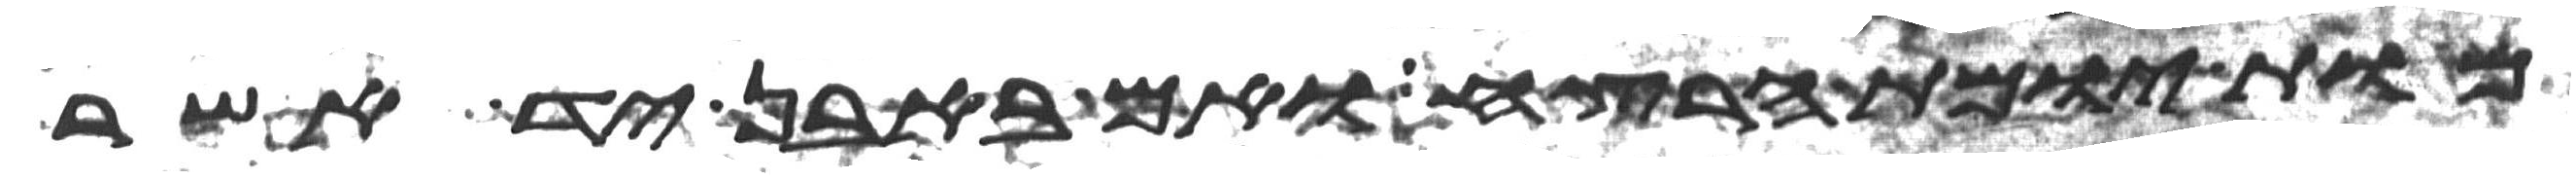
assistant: מות יומת הרצח ואם באבן יד אשר